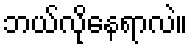
ဘယ်လိုနေရာလဲ။